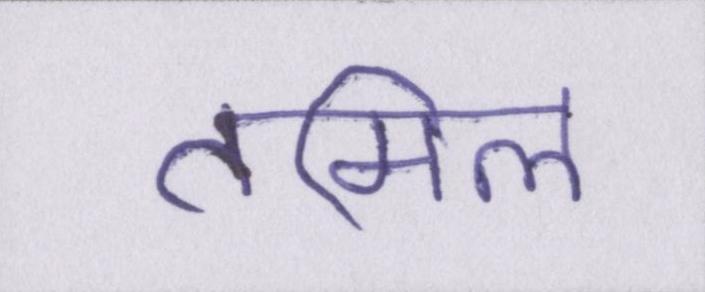
तमिल